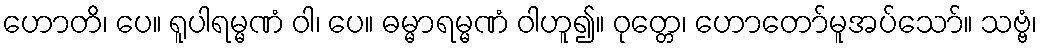
ဟောတိ၊ ပေ။ ရူပါရမ္မဏံ ဝါ၊ ပေ။ ဓမ္မာရမ္မဏံ ဝါဟူ၍။ ဝုတ္တေ၊ ဟောတော်မူအပ်သော်။ သဗ္ဗံ၊